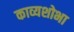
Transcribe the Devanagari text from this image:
काव्यशोभा